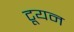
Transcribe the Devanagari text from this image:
टूयन